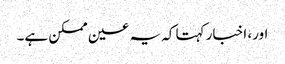
اور، اخبار کہتا کہ یہ عین ممکن ہے۔